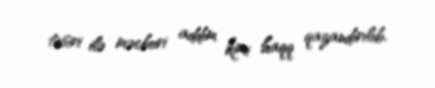
təsiri ilə məcburi addım kimi haqq qazandırılıb.